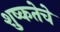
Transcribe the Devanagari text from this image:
शुष्कतेचे